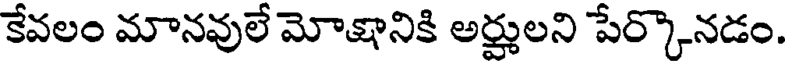
కేవలం మానవులే మోక్షానికి అర్హులని పేర్కొనడం.